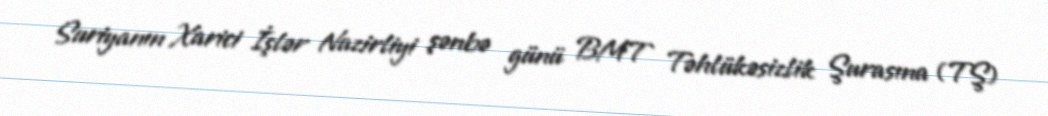
Suriyanın Xarici İşlər Nazirliyi şənbə günü BMT Təhlükəsizlik Şurasına (TŞ)